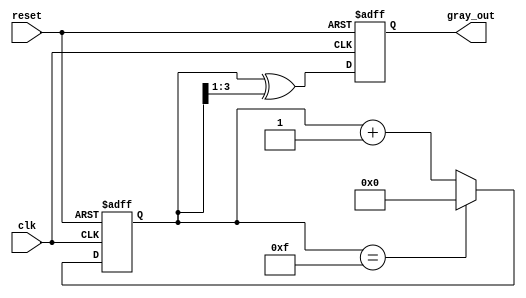
module gray_code_counter #(
    parameter n = 4 // Configurable bit width, default is 4 bits
)(
    input wire clk,     // Clock signal
    input wire reset,   // Active low reset signal
    output reg [n-1:0] gray_out // Gray code output
);

    reg [n-1:0] binary_count; // Internal register to hold the binary count

    // Gray code conversion function
    function [n-1:0] binary_to_gray;
        input [n-1:0] binary;
        begin
            binary_to_gray = binary ^ (binary >> 1);
        end
    endfunction

    // Sequential logic for counting
    always @(posedge clk or negedge reset) begin
        if (!reset) begin
            // Reset condition
            binary_count <= 0;
            gray_out <= 0;
        end else begin
            // Increment binary count
            if (binary_count == (1 << n) - 1) begin
                binary_count <= 0; // Wrap around
            end else begin
                binary_count <= binary_count + 1;
            end

            // Update Gray code output
            gray_out <= binary_to_gray(binary_count);
        end
    end

endmodule